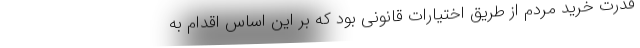
قدرت خرید مردم از طریق اختیارات قانونی بود که بر این اساس اقدام به